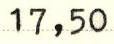
17,50